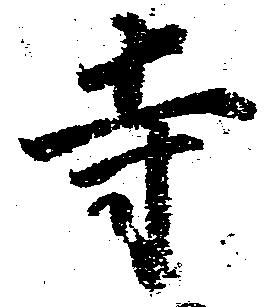
寺